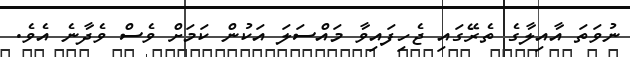
ނުވަތަ އާއިލާގެ ތެރޭގައި ޖެހިފައިވާ މައްސަލަ އަކުން ކަމަށް ވެސް ވެދާނެ އެވެ.